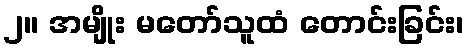
၂။ အမျိုး မတော်သူထံ တောင်းခြင်း၊